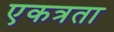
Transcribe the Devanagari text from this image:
एकत्रता